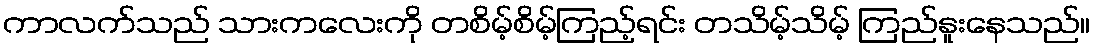
ကာလက်သည် သားကလေးကို တစိမ့်စိမ့်ကြည့်ရင်း တသိမ့်သိမ့် ကြည်နူးနေသည်။